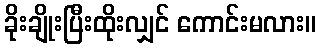
ခိုးချိုးပြီးထိုးလျှင် ကောင်းမလား။